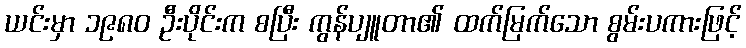
ယင်းမှာ ၁၉၈၀ ဦးပိုင်းက စပြီး ကွန်ပျူတာ၏ ထက်မြက်သော စွမ်းပကားဖြင့်